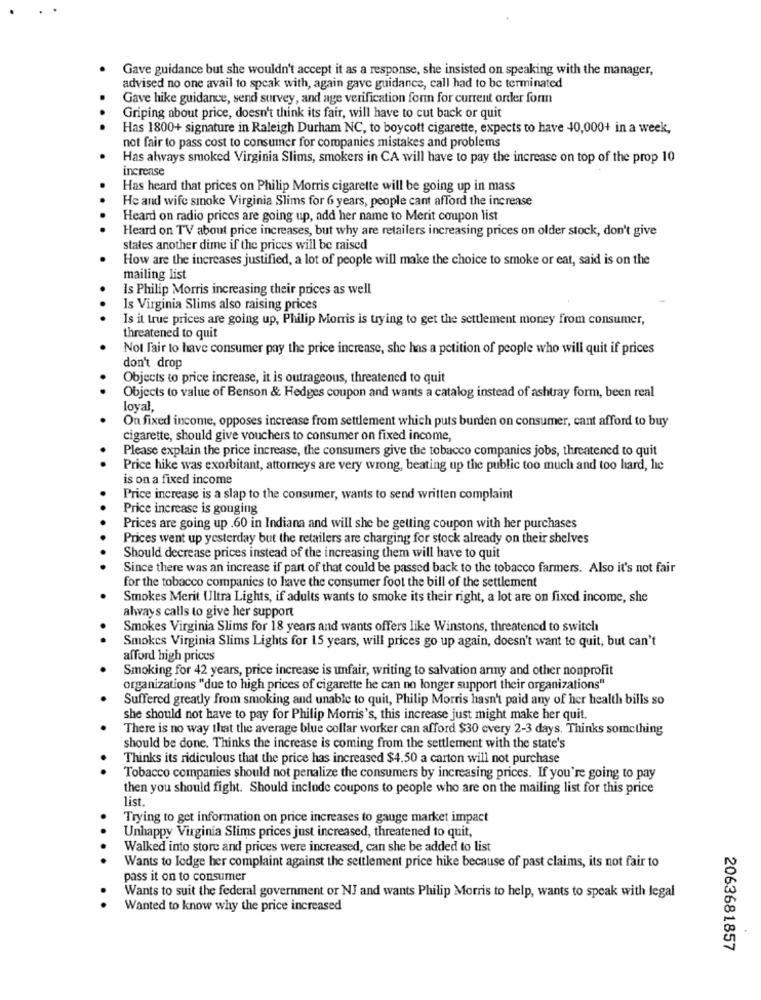
Gave guidance but she wouldn't accept it as a response, she insisted on speaking with the manager,
advised no one avail to speak with, again gave guidance, call had to be terminated
Gave hike guidance, send survey, and age verification for for current order form
Griping about price, doesn't think its fair, will have to cut back or quit
Has 1800+ signature in Raleigh Durham NC, to boycott cigarette, expects to have 40,000+ in a week,
not fair to pass cost to consumer for companies mistakes and problems
Has always smoked Virginia Slims, smokers in CA will have to pay the increase on top of the prop 10
increase
Has heard that prices on Philip Morris cigarette will be going up in mass
He and wife smoke Virginia Slims for 6 years, people cant afford the increase
Heard on radio prices are going up, add her name to Merit coupon list
Heard on TV about price increases, but why are retailers increasing prices on older stock, don't give
states another dime if the prices will be raised
How are the increases justified, a lot of people will make the choice to smoke or eat, said is on the
mailing list
Is Philip Morris increasing their prices as well
.
Is Virginia Slims also raising prices
.
Is it true prices are going up, Philip Morris is trying to get the settlement money from consumer,
threatened to quit
Not Fair to have consumer pay the price increase, she has a petition of people who will quit if prices
don't drop
Objects to price increase, it is outrageous, threatened to quit
Objects to value of Benson & Hedges coupon and wants a catalog instead of ashtray form, been real
loyal,
On fixed income, opposes increase from settlement which puts burden on consumer, cant afford to buy
cigarette, should give vouchers to consumer on fixed income,
Please explain the price increase, the consumers give the tobacco companies jobs, threatened to quit
.
Price hike was exorbitant, attorneys are very wrong, beating up the public too much and too hard, he
is on a fixed income
Price increase is a slap to the consumer, wants to send written complaint
Price increase is gouging
Prices are going up .60 in Indiana and will she be getting coupon with her purchases
Prices went up yesterday but the retailers are charging for stock already on their shelves
Should decrease prices instead of the increasing them will have to quit
Since there was an increase if part of that could be passed back to the tobacco farmers. Also it's not fair
for the tobacco companies to have the consumer foot the bill of the settlement
Smokes Merit Ultra Lights, if adults wants to smoke its their right, a lot are on fixed income, she
always calls to give her support
Smokes Virginia Slims for 18 years and wants offers like Winstons, threatened to switch
Smokes Virginia Slims Lights for 15 years, will prices go up again, doesn't want to quit, but can't
afford high prices
Smoking for 42 years, price increase is unfair, writing to salvation army and other nonprofit
organizations "due to high prices of cigarette he can no longer support their organizations"
Suffered greatly from smoking and unable to quit, Philip Morris hasn't paid any of her health bills so
she should not have to pay for Philip Morris's, this increase just might make her quit.
There is no way that the average blue collar worker can afford $30 every 2-3 days. Thinks something
should be done. Thinks the increase is coming from the settlement with the state's
Thinks its ridiculous that the price has increased $4.50 a carton will not purchase
Tobacco companies should not penalize the consumers by increasing prices. If you're going to pay
then you should fight. Should include coupons to people who are on the mailing list for this price
list
Trying to get information on price increases to gauge market impact
Unhappy Virginia Slims prices just increased, threatened to quit,
Walked into store and prices were increased, can she be added to list
.. .
Wants to lodge her complaint against the settlement price hike because of past claims, its not fair to
pass it on to consumer
Wants to suit the federal government or NJ and wants Philip Morris to help, wants to speak with legal
..
Wanted to know why the price increased
2063681857